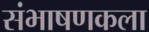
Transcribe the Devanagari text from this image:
संभाषणकला